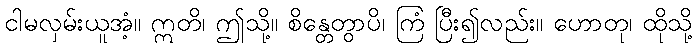
ငါမလှမ်းယူအံ့။ ဣတိ၊ ဤသို့။ စိန္တေတွာပိ၊ ကြံ ပြီး၍လည်း။ ဟောတု၊ ထိုသို့